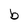
Character: b